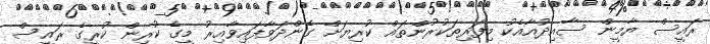
ރައީސް ޔާމީން ސާއިދުއާއެކު މިފަރިތަކުރުންތައް ކުރިޔަށް ގެންދަވާފައިވާއިރު މީގެ ކުރިން ކުރީގެ ރައީސް